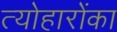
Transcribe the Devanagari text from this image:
त्योहारोंका